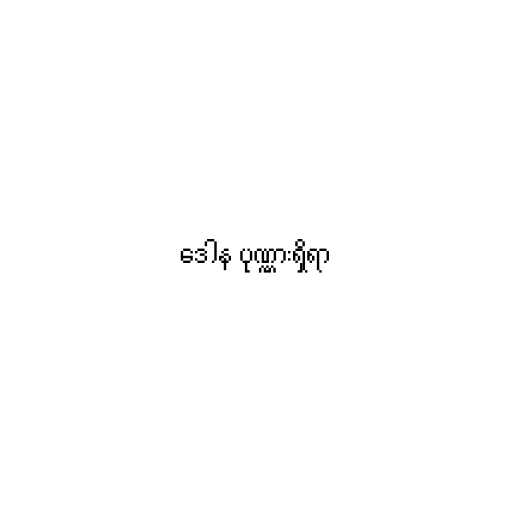
ဒေါန ပုဏ္ဏားရှိရာ